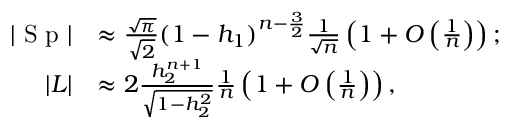
\begin{array} { r l } { | \textup { S p } | } & { \approx \frac { \sqrt { \pi } } { \sqrt { 2 } } ( 1 - h _ { 1 } ) ^ { n - \frac 3 2 } \frac 1 { \sqrt { n } } \left( 1 + O \left( \frac 1 n \right) \right) ; } \\ { | L | } & { \approx 2 \frac { h _ { 2 } ^ { n + 1 } } { \sqrt { 1 - h _ { 2 } ^ { 2 } } } \frac 1 n \left( 1 + O \left( \frac 1 n \right) \right) , } \end{array}